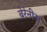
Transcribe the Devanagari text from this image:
बेरेनीस